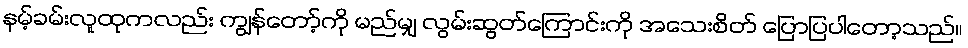
နမ့်ခမ်းလူထုကလည်း ကျွန်တော့်ကို မည်မျှ လွမ်းဆွတ်ကြောင်းကို အသေးစိတ် ပြောပြပါတော့သည်။